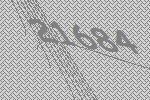
21684